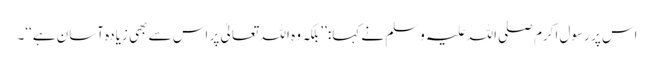
اس پر رسول اکرم صلی اللہ علیہ وسلم نے کہا:’’بلکہ وہ اللہ تعالیٰ پر اس سے بھی زیادہ آسان ہے‘‘۔